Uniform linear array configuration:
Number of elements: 24
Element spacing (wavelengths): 0.25
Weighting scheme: uniform
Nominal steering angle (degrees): -30
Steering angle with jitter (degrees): -29.987
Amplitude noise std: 0.05
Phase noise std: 0.05

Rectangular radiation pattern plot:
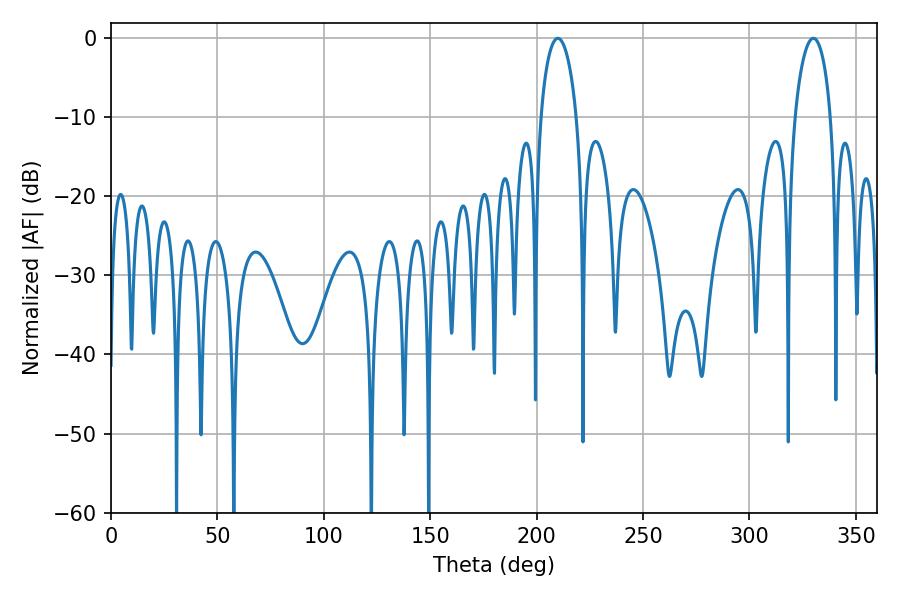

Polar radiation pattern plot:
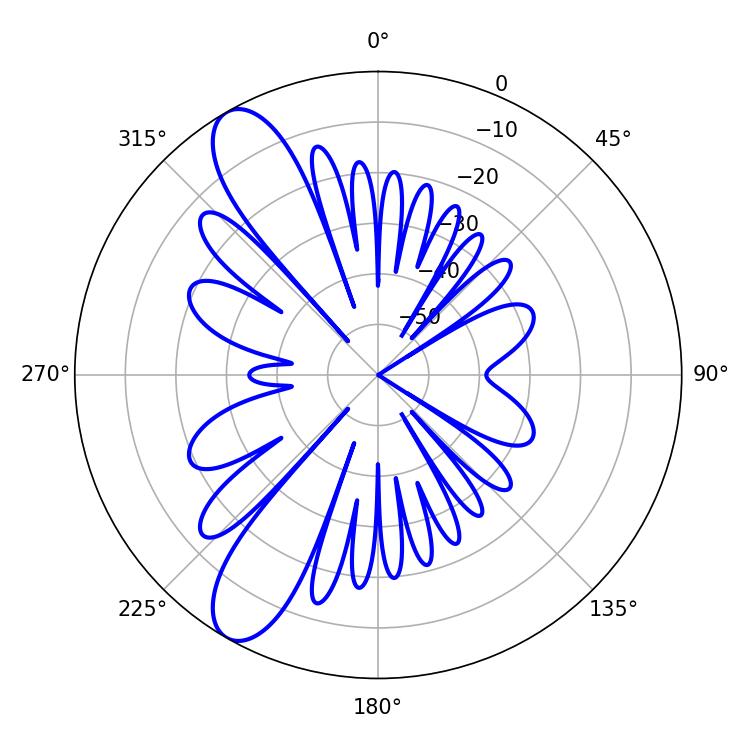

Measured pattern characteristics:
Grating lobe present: FALSE
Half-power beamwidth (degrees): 9.72
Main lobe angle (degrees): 209.88